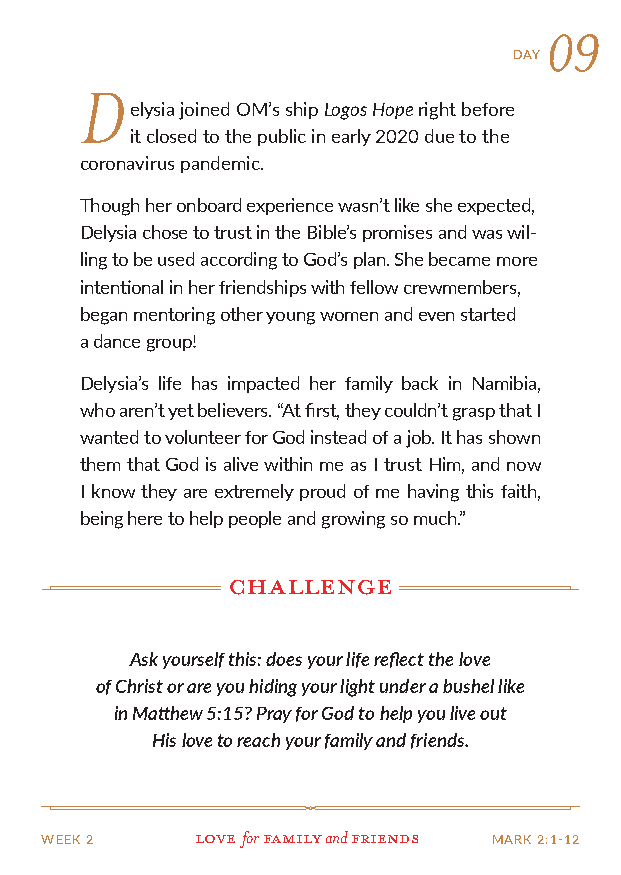
09
 DAY
 D
 elysia joined OM’s ship Logos Hope right before
 it closed to the public in early 2020 due to the
 coronavirus pandemic.
 Though her onboard experience wasn’t like she expected,
 Delysia chose to trust in the Bible’s promises and was wil-
 ling to be used according to God’s plan. She became more
 intentional in her friendships with fellow crewmembers,
 began mentoring other young women and even started
 a dance group!
 Delysia’s life has impacted her family back in Namibia,
 who aren’t yet believers. “At first, they couldn’t grasp that I
 wanted to volunteer for God instead of a job. It has shown
 them that God is alive within me as I trust Him, and now
 I know they are extremely proud of me having this faith,
 being here to help people and growing so much.”
 challenge
 Ask yourself this: does your life reflect the love
 of Christ or are you hiding your light under a bushel like
 in Matthew 5:15? Pray for God to help you live out
 His love to reach your family and friends.
 WEEK 2    Love for family and friends MARK 2:1-12